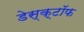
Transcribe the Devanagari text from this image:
डेस्क्टॉफ